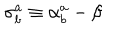
\mathbf { \sigma } _ { b } ^ { a } \equiv \mathbf { \alpha } _ { b } ^ { a } - \mathbf { \beta }